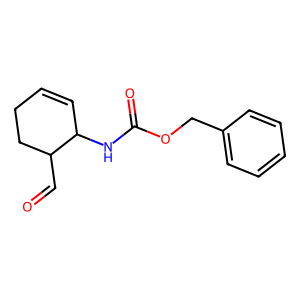
SMILES: O=CC1CCC=CC1NC(=O)OCc1ccccc1
Inhibits HIV replication: No